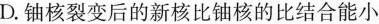
D.铀核裂变后的新核比铀核的比结合能小